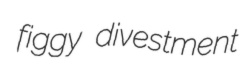
figgy divestment